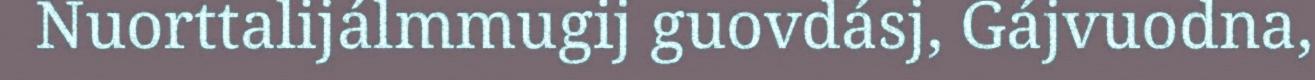
Nuorttalijálmmugij guovdásj, Gájvuodna,